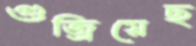
গুজ্‌রিয়েছ